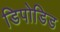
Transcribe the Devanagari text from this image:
डिपोडिड